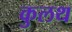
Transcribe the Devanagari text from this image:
कुलथ